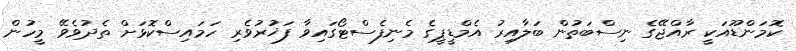
ކޮމަންޑޫއަކީ ރާއްޖޭގެ ނިސްބަތުން ބަލާއިރު އެމްޑީޕީގެ މެނިފެސްޓޯގައިވާ ފަޚުރުވެރި ހަމައިސްކޮޅަށް ތެދުވެވޭ މީހުން